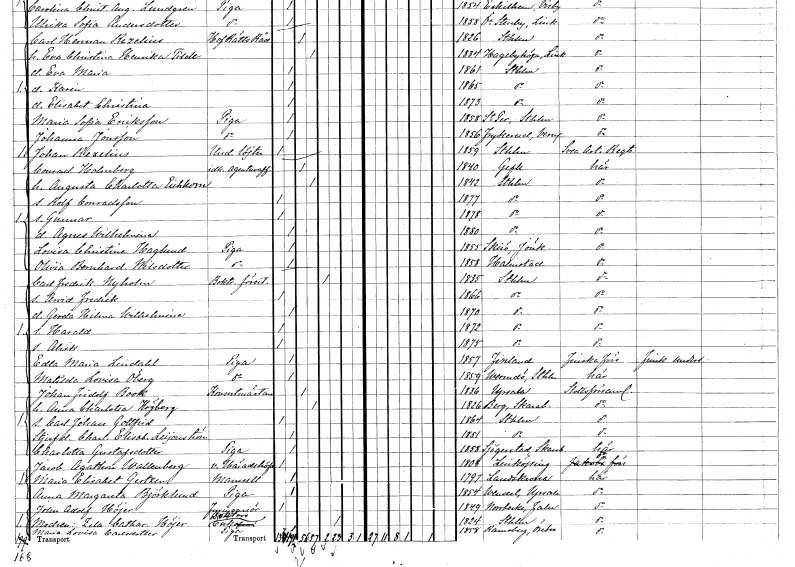
gt_parse: households: individuals: FN: Conrad
EN: Holmberg
YRKE: Agenturaffärsidkare
KON: M
CIV: G
FODAR: 1840
FODFORS: Gävle Gävleborgs län
FN: Augusta Charlotta
EN: Eichhorn
KON: K
CIV: G
FODAR: 1842
FODFORS: Stockholm
FN: Rolf
EN: Conradsson
KON: M
CIV: O
FODAR: 1877
FODFORS: Stockholm
FN: Gunnar
KON: M
CIV: O
FODAR: 1878
FODFORS: Stockholm
FN: Agnes Wilhelmina
KON: K
CIV: O
FODAR: 1880
FODFORS: Stockholm
FN: Lovisa Christina
EN: Haglund
YRKE: Piga
KON: K
CIV: O
FODAR: 1855
FODFORS: Skirö Jönköpings län
FN: Olivia Bernhardina
EN: Nilsdotter
YRKE: Piga
KON: K
CIV: O
FODAR: 1858
FODFORS: Halmstad Hallands län
FN: Carl Fredrik
EN: Nyholm
YRKE: Boktryckeriföreståndare
KON: M
CIV: E
FODAR: 1835
FODFORS: Stockholm
FN: Arvid Fredrik
KON: M
CIV: O
FODAR: 1866
FODFORS: Stockholm
FN: Gerda Hilma Wilhelmina
KON: K
CIV: O
FODAR: 1870
FODFORS: Stockholm
FN: Harald
KON: M
CIV: O
FODAR: 1872
FODFORS: Stockholm
FN: Alrik
KON: M
CIV: O
FODAR: 1875
FODFORS: Stockholm
FN: Edla Maria
EN: Lindahl
YRKE: Piga
KON: K
CIV: O
FODAR: 1857
FN: Matilda Lovisa
EN: Öberg
YRKE: Piga
KON: K
CIV: O
FODAR: 1859
FODFORS: Värmdö Stockholms län
FN: Johan Fridolf
EN: Book
YRKE: Konsertmästare
KON: M
CIV: G
FODAR: 1836
FODFORS: Uppsala Uppsala län
FN: Anna Charlotta
EN: Högberg
KON: K
CIV: G
FODAR: 1826
FODFORS: Berg Skaraborgs län
FN: Carl Johan Gottfrid
KON: M
CIV: O
FODAR: 1864
FODFORS: Stockholm
FN: Charlotta Elisabet
EN: Leijonström
KON: K
CIV: O
FODAR: 1851
FODFORS: Stockholm
FN: Charlotta
EN: Gustafsdotter
YRKE: Piga
KON: K
CIV: O
FODAR: 1858
FODFORS: Sjogerstad Skaraborgs län
FN: Jacob Agathon
EN: Wallenberg
YRKE: Häradshövding vice
KON: M
CIV: O
FODAR: 1808
FODFORS: Linköping Östergötlands län
FN: Maria Elisabet
EN: Gertzen
KON: K
CIV: O
FODAR: 1797
FODFORS: Landskrona Malmöhus län
FN: Anna Margareta
EN: Björklund
YRKE: Piga
KON: K
CIV: O
FODAR: 1854
FODFORS: Vendel Uppsala län
FN: Johan Adolf
EN: Höjer
YRKE: Fyringenjör
KON: M
CIV: O
FODAR: 1849
FODFORS: Norrbärke Kopparbergs län
FN: Zela Catharina
EN: Höjer
YRKE: Doktorsänka
KON: K
CIV: E
FODAR: 1824
FODFORS: Stockholm
FN: Maria Lovisa
EN: Carlsdotter
YRKE: Piga
KON: K
CIV: O
FODAR: 1858
FODFORS: Ramsberg Örebro län